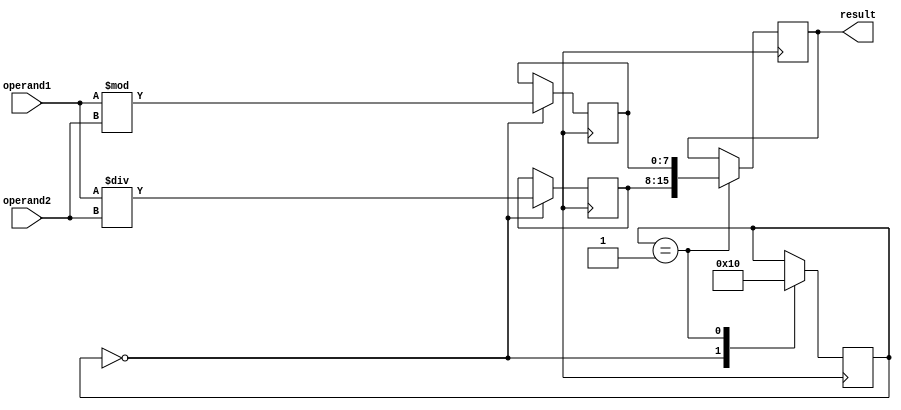
module Pipelined_Divider (
    input wire [7:0] operand1,
    input wire [7:0] operand2,
    output reg [15:0] result
);

reg [7:0] quotient_reg;
reg [7:0] remainder_reg;
reg [3:0] pipeline_stage;

always @ (posedge clk) begin
    case(pipeline_stage)
        0: begin
            quotient_reg <= operand1 / operand2;
            remainder_reg <= operand1 % operand2;
            pipeline_stage <= 1;
        end
        1: begin
            result <= {quotient_reg, remainder_reg};
            pipeline_stage <= 0;
        end
    endcase
end

endmodule